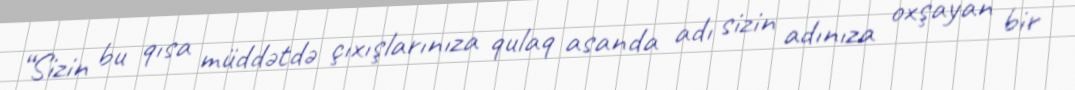
“Sizin bu qısa müddətdə çıxışlarınıza qulaq asanda adı sizin adınıza oxşayan bir